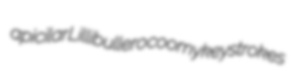
apicilar Lillibullero coomy keystrokes